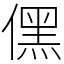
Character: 𠎁